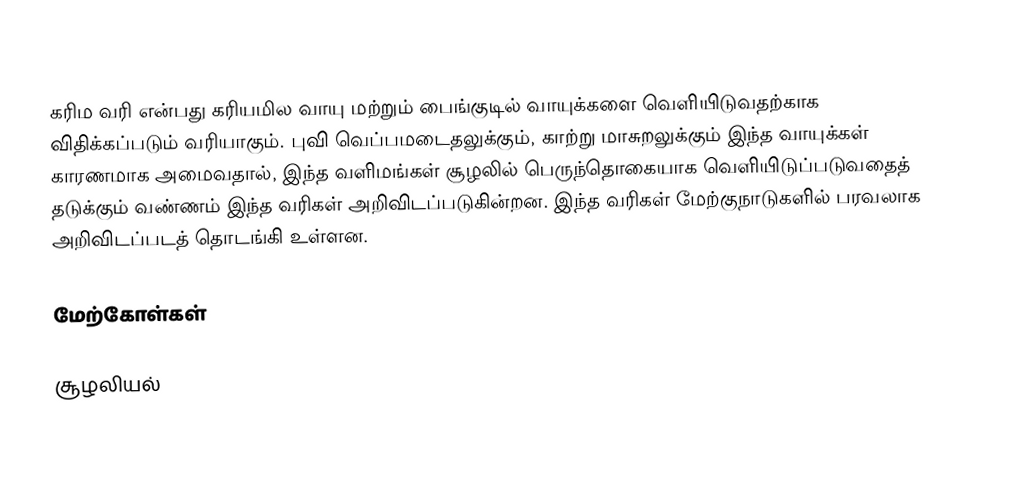
கரிம வரி என்பது கரியமில வாயு மற்றும் பைங்குடில் வாயுக்களை வெளியிடுவதற்காக விதிக்கப்படும் வரியாகும். புவி வெப்பமடைதலுக்கும், காற்று மாசுறலுக்கும் இந்த வாயுக்கள் காரணமாக அமைவதால், இந்த வளிமங்கள் சூழலில் பெருந்தொகையாக வெளியிடுப்படுவதைத் தடுக்கும் வண்ணம் இந்த வரிகள் அறிவிடப்படுகின்றன. இந்த வரிகள் மேற்குநாடுகளில் பரவலாக அறிவிடப்படத் தொடங்கி உள்ளன.

மேற்கோள்கள்

சூழலியல்